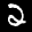
Label: 2